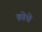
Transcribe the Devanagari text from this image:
क्रोधे